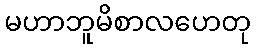
မဟာဘူမိစာလဟေတု